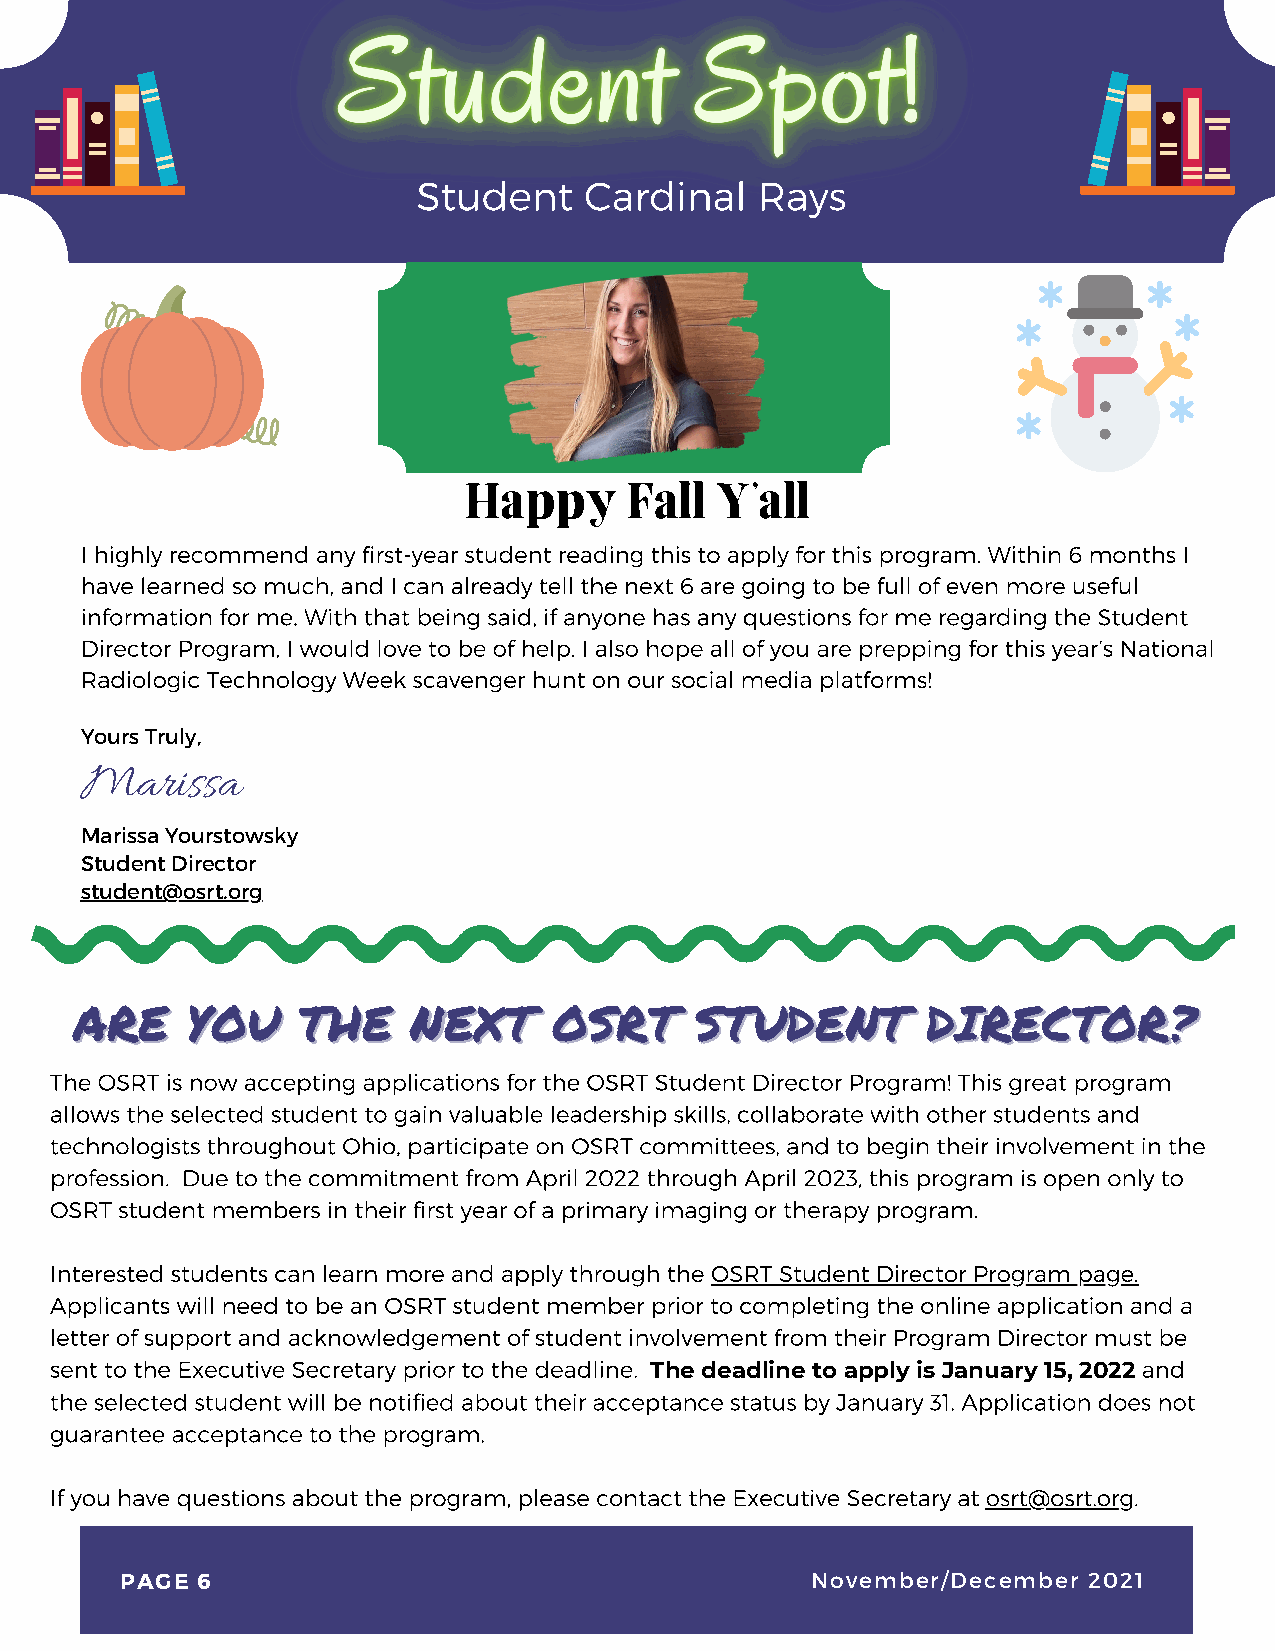
Student    Cardinal   Rays
 Happy     Fall  Y’all
 I highly recommend any first-year student reading this to apply for this program. Within 6 months I
 have learned so much, and I can already tell the next 6 are going to be full of even more useful
 information for me. With that being said, if anyone has any questions for me regarding the Student
 Director Program, I would love to be of help. I also hope all of you are prepping for this year’s National
 Radiologic Technology Week scavenger hunt on our social media platforms!
 Yours Truly,
 Marissa
 Marissa Yourstowsky
 Student Director
 student@osrt.org
 AARREE YYOOUU  TTHHEE NNEEXXTT  OOSSRRTT SSTTUUDDEENNTT DDIIRREECCTTOORR??
 The OSRT is now accepting applications for the OSR T Student Director Program! This great program
 allows the selected student to gain valuable leadership skills, collaborate with other students and
 technologists throughout Ohio, participate on OSRT committees, and to begin their involvement in the
 profession. Due to the commitment from April 2022 through April 2023, this program is open only to
 OSRT student members in their first year of a primary imaging or therapy program.
 Interested students can learn more and apply through the OSRT Student Director Program page.
 Applicants will need to be an OSRT student member prior to completing the online application and a
 letter of support and acknowledgement of student involvement from their Program Director must be
 sent to the Executive Secretary prior to the deadline. The deadline to apply is January 15, 2022 and
 the selected student will be notified about their acceptance status by January 31. Application does not
 guarantee acceptance to the program.
 If you have questions about the program, please contact the Executive Secretary at osrt@osrt.org.
 PAGE 6                                        November/December 2021